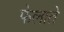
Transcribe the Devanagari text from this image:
फेलाते